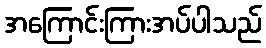
အကြောင်းကြားအပ်ပါသည်